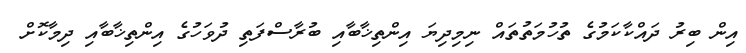
އިން ބިރު ދައްކާކަމުގެ ތުހުމަތުތައް ނިމިދިޔަ އިންތިޚާބާއި ބުރާސްފަތި ދުވަހުގެ އިންތިޚާބާއި ދިމާކޮށް